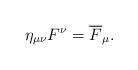
LaTeX: \begin{align*}\eta_{\mu\nu}F^\nu = \overline{F}_\mu.\end{align*}